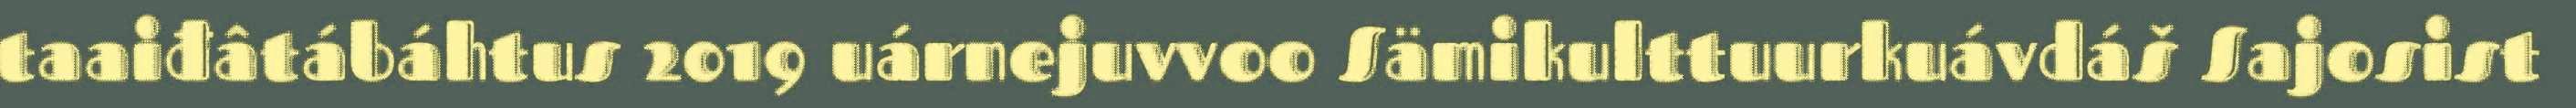
taaiđâtábáhtus 2019 uárnejuvvoo Sämikulttuurkuávdáš Sajosist